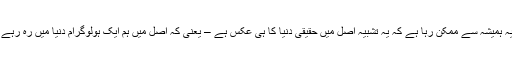
اور یہ ہمیشہ سے ممکن رہا ہے کہ یہ تشبیہ اصل میں حقیقی دنیا کا ہی عکس ہے – یعنی کہ اصل میں ہم ایک ہولوگرام دنیا میں رہ رہے ہوں۔